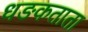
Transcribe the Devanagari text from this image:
धङकताता